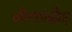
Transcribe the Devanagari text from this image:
नौकादौड़